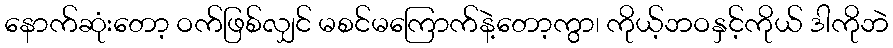
နောက်ဆုံးတော့ ဝက်ဖြစ်လျှင် မစင်မကြောက်နဲ့တော့ကွာ၊ ကိုယ့်ဘဝနှင့်ကိုယ် ဒါကိုဘဲ